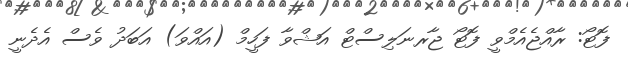
ފޮޓޯ: ރާއްޖެއެމްވީ ފޮޓޯ ޖާރނަލިސްޓް އަޝްވާ ފަހީމް (އައްވަ) އަބަދު ވެސް އެދެނީ